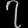
Digit: ၇